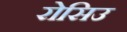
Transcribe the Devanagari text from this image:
रोसिउ